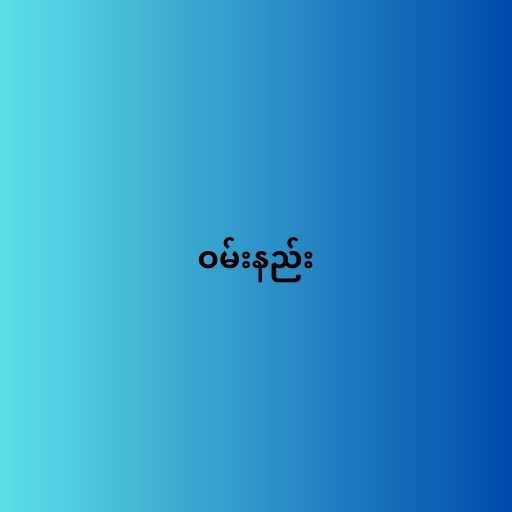
ဝမ်းနည်း